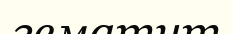
гематит